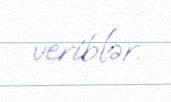
veriblər.